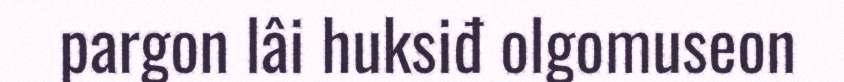
pargon lâi huksiđ olgomuseon